Medical and sanitary report of the native army of Bengal for the year
Year: 1874
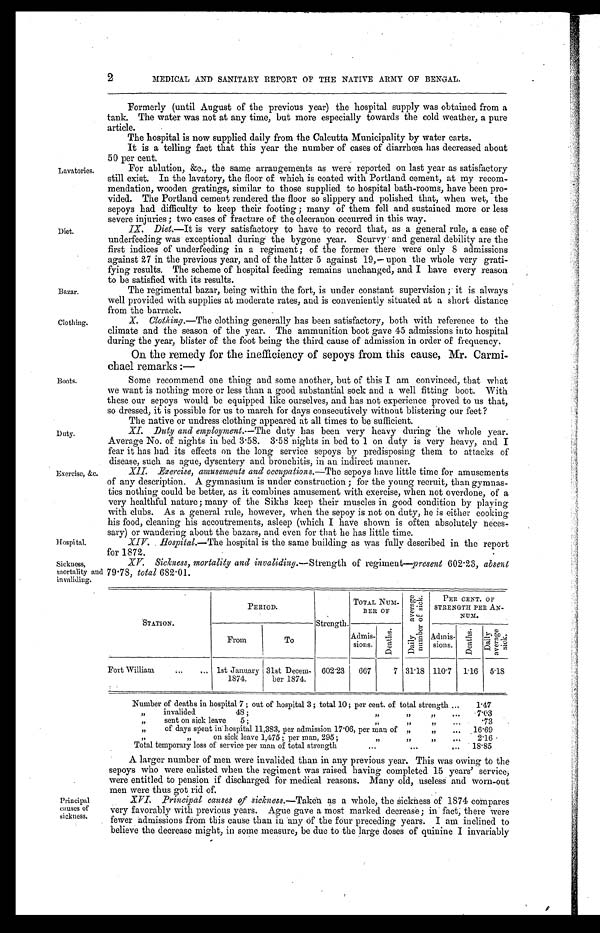
2
MEDICAL AND SANITARY REPORT OF THE NATIVE ARMY OF BENGAL.
Lavatories.
Diet.
Bazar.
Clothing.
Boots.
Duty.
Exercise, &c.
Hospital.
Formerly (until August of the previous year) the hospital supply was obtained from a
tank. The water was not at any time, but more especially towards the cold weather, a pure
article.
The hospital is now supplied daily from the Calcutta Municipality by water carts.
It is a telling fact that this year the number of cases of diarrhœa has decreased about
50 per cent.
For ablution, &c., the same arrangements as were reported on last year as satisfactory
still exist. In the lavatory, the floor of which is coated with Portland cement, at my recom
-
mendation, wooden gratings, similar to those supplied to hospital bath-rooms, have been pro
-
vided. The Portland cement rendered the floor so slippery and polished that, when wet, the
sepoys had difficulty to keep their footing; many of them fell and sustained more or less
severe injuries: two cases of fracture of the olecranon occurred in this way.
IX. Diet.—It is very satisfactory to have to record that, as a general rule, a case of
underfeeding was exceptional during the bygone year. Scurvy and general debility are the
first indices of underfeeding in a regiment; of the former there were only 8 admissions
against 27 in the previous year, and of the latter 5 against 19,—upon the whole very grati
-
fying results. The scheme of hospital feeding remains unchanged, and I have every reason
to be satisfied with its results.
The regimental bazar, being within the fort, is under constant supervision; it is always
well provided with supplies at moderate rates, and is conveniently situated at a short distance
from the barrack.
X. Clothing.—The clothing generally has been satisfactory, both with reference to the
climate and the season of the year. The ammunition boot gave 45 admissions into hospital
during the year, blister of the foot being the third cause of admission in order of frequency.
On the remedy for the inefficiency of sepoys from this cause, Mr. Carmi
-chael remarks:—
Some recommend one thing and some another, but of this I am convinced, that what
we want is nothing more or less than a good substantial sock and a well fitting boot. With
these our sepoys would be equipped like ourselves, and has not experience proved to us that,
so dressed, it is possible for us to march for days consecutively without blistering our feet?
The native or undress clothing appeared at all times to be sufficient.
XI. Duty and employment.—The duty has been very heavy during the whole year.
Average No. of nights in bed 3.58. 3.58 nights in bed to 1 on duty is very heavy, and I
fear it has had its effects on the long service sepoys by predisposing them to attacks of
disease, such as ague, dysentery and bronchitis, in an indirect manner.
XII. Exercise, amusements and occupations.— The sepoys have little time for amusements
of any description. A gymnasium is under construction; for the young recruit, than gymnas
-
tics nothing could be better, as it combines amusement with exercise, when not overdone, of a
very healthful nature; many of the Sikhs keep their muscles in good condition by playing
with clubs. As a general rule, however, when the sepoy is not on duty, he is either cooking
his food, cleaning his accoutrements, asleep (which I have shown is often absolutely neces
-
sary) or wandering about the bazars, and even for that he has little time.
XIV. Hospital.— The hospital is the same building as was fully described in the report
for 1872.
Sickness,
mortality
invaliding.
XV. Sickness, mortality and invaliding. —Strength of regiment—present 602.23, absent
and 79.78, total 682.01.
STATION.
PERIOD.
Strength.
TOTAL NUM-
BER OF
D a i l y a v e r a g e n u m b e r o f s i c k .
PER CENT. OF
STRENGTH PER AN-
NUM.
From
To
Admis
-sions.
D e a t h s .
Admis-
sions.
D e a t h s .
D a i l y a v e r a g e s i c k .
Fort William . . .
1st January
1874.
31st Decm-
ber 1874.
602.23
667
7 31.18 110.7 1.16 5.18
Number of deaths in hospital 7; out of hospital 3; total 10; per cent. of total strength . . .
1.47
" i n v a l i d e d 4 8 ; " " " . . .
7 . 0 3
" sent on sick leave
5;
"
"
"
.
.
.
. 7 3
" of days spent in hospital 11,383, per admission 17.06, per man of " " . . .
16.69
" " on sick leave 1,475; per man, 295; " " " . . .
2.16
Total temporary loss of service per man of total strength . . .
18.85
Principal
causes of
sickness.
A larger number of men were invalided than in any previous year. This was owing to the
sepoys who were enlisted when the regiment was raised having completed 15 years' service,
were entitled to pension if discharged for medical reasons. Many old, useless and worn-out
men were thus got rid of
.
XVI. Principal causes of sickness.— Taken as a whole, the Sickness of 1874 compares
very favorably with previous years. Ague gave a most marked decrease; in fact, there were
fewer admissions from this cause than in any of the four preceding years. I am inclined to
believe the decrease might, in some measure, be due to the large doses of quinine I invariably